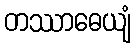
တဿာဓေယျံ